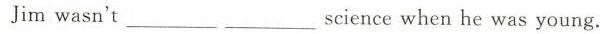
Jim wasn't ___ ___ science when he was young.